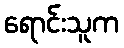
ရောင်းသူက